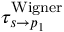
\tau _ { s \rightarrow p _ { 1 } } ^ { \mathrm { { W i g n e r } } }